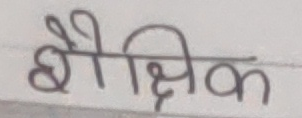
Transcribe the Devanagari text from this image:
बैक्षिक